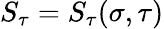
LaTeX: S_{\tau}=S_{\tau}(\sigma,\tau)